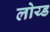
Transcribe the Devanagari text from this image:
लोय्ड